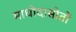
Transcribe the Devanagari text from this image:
माधोदासोतों